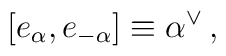
[e_\alpha,e_{-\alpha}]\equiv\alpha^\vee\,,